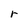
Character: r